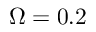
\Omega = 0 . 2